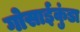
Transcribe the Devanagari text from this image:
गोसाईकुंडा